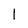
Character: 1